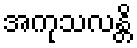
အကုသလန္တိ